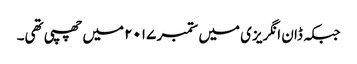
جبکہ ڈان انگریزی میں ستمبر ۲۰۱۷ میں چھپی تھی۔